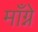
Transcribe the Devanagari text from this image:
माँग्ने